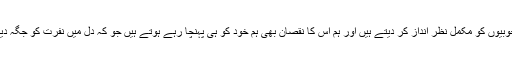
ہم اس کی اچھائیوں اور خوبیوں کو مکمل نظر انداز کر دیتے ہیں اور ہم اس کا نقصان بھی ہم خود کو ہی پہنچا رہے ہوتے ہیں جو کہ دل میں نفرت کو جگہ دینے کی صورت ہوتا ہے۔